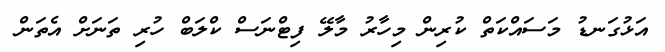
އަޅުގަނޑު މަސައްކަތް ކުރިން މިހާރު މާލޭ ފިޓްނަސް ކްލަބް ހުރި ތަނަށް އެތަން